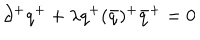
\partial ^ { + } q ^ { + } + \lambda { q ^ { + } ( \bar { q } ) ^ { + } } { \bar { q } } ^ { + } = 0